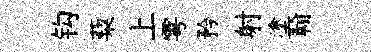
钩蔾上雩矜射塗翰